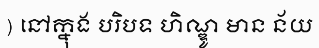
) នៅក្នុង បរិបទ ហិណ្ឌូ មាន ន័យ